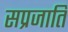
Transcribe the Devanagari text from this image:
सप्रजाति